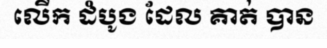
លើក ដំបូង ដែល គាត់ បាន